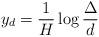
LaTeX: \begin{align*} y_d=\frac{1}{H}\log\frac{\Delta}{d} \end{align*}